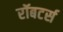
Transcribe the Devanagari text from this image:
रॉबटर्स